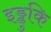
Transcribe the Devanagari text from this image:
इड्डुकि